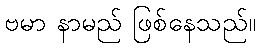
ဗမာ နာမည် ဖြစ်နေသည်။